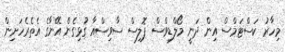
މިހާރު ކަސްޓަމްސް އިން ދަނީ މޯލްޑިވްސް ޕޮލިސް ސާވިސްއާ ގުޅިގެން އޭނާގެ އެތެރެހަށިން